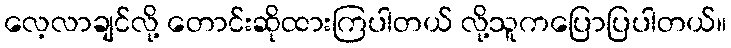
လေ့လာချင်လို့ တောင်းဆိုထားကြပါတယ် လို့သူကပြောပြပါတယ်။